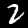
Label: 2